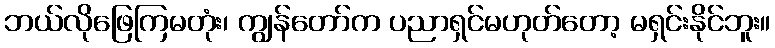
ဘယ်လိုဖြေကြမတုံး၊ ကျွန်တော်က ပညာရှင်မဟုတ်တော့ မရှင်းနိုင်ဘူး။